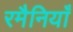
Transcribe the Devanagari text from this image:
रमैनियाँ